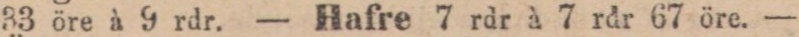
33 öre à 9 rdr. — Hafre 7 rdr à 7 rdr 67 öre. —